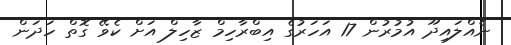
ނެއްލައިދޫ އުމުރުން 17 އަހަރުގެ އިބްރާހިމް ޒާހިލް އަށް ކެވޭ ގޮތް ހަދަން